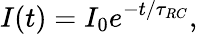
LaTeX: I(t)=I_{0}e^{-t/\tau_{RC}},